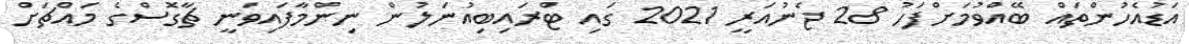
އަޑުއެހުންތައް ބޭއްވުމަށްފަހު 28 ޖެނުއަރީ 2021 ގައި ޓްރައިބިއުނަލުން ނިންމާފައިވަނީ ޗާގޮސްގެ މައްޗަށް